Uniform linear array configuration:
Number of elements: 4
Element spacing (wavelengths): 0.5
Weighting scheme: blackman
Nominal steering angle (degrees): -45
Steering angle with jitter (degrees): -44.501
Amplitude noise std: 0.05
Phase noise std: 0.05

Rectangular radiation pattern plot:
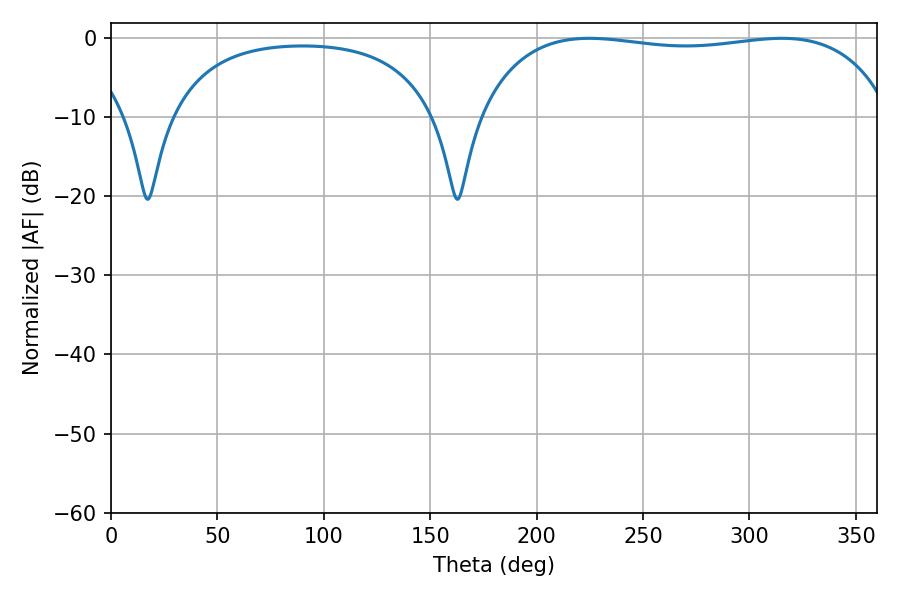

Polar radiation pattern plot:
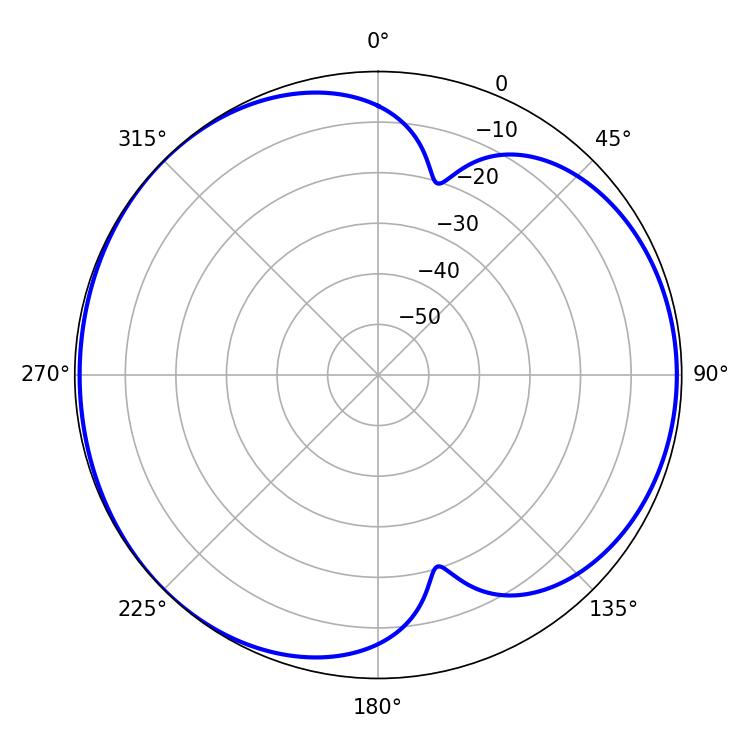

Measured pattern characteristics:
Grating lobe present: FALSE
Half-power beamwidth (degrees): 156.6
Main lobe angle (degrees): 224.82